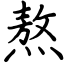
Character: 熬